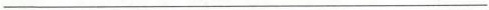
___